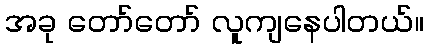
အခု တော်တော် လူကျနေပါတယ်။